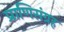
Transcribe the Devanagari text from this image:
प्राणिसंग्रह